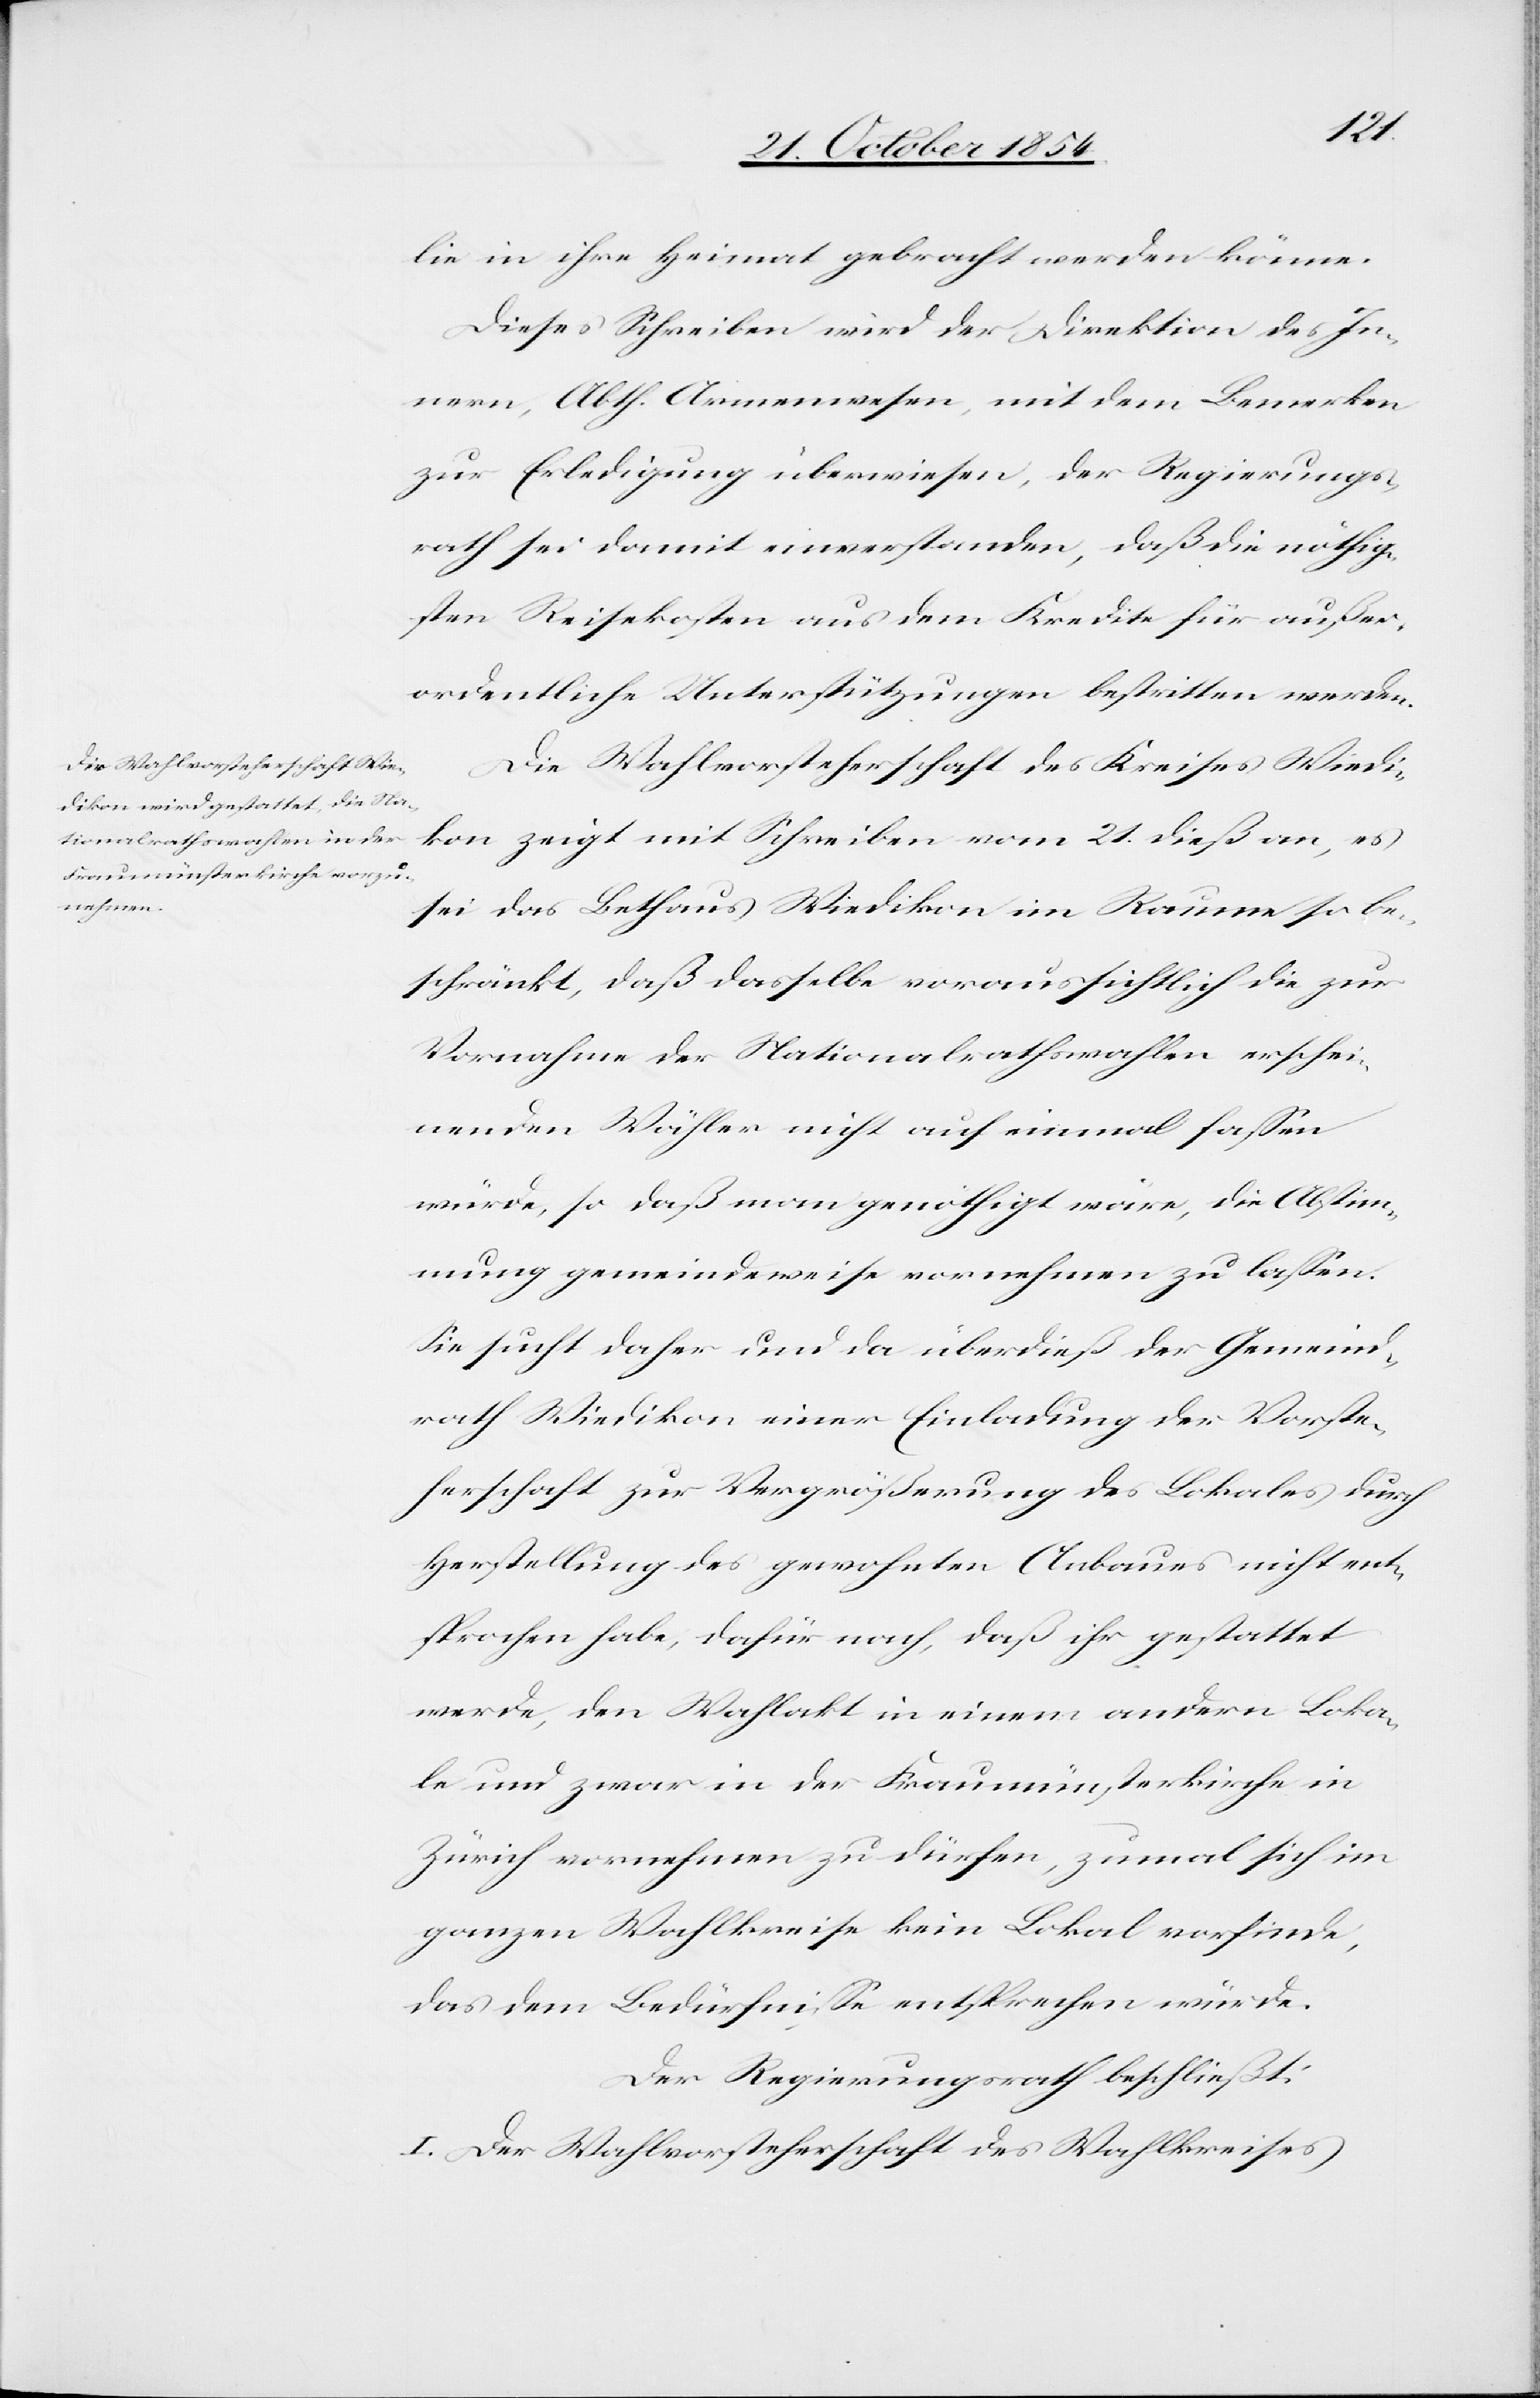
lie in ihre Heimat gebracht werden könne.
Dieses Schreiben wird der Direktion des In¬
nern, Abth. Armenwesen, mit dem Bemerken
zur Erledigung überwiesen, der Regierungs¬
rath sei damit einverstanden, daß die nöthig¬
sten Reisekosten aus dem Kredite für außer¬
ordentliche Unterstützungen bestritten werde.
Die Wahlvorsteherschaft des Kreises Wiedi¬
kon zeigt mit Schreiben vom 21. dieß an, es
sei das Bethaus Wiedikon im Raume so be¬
schränkt, daß dasselbe voraussichtlich die zur
Vornahme der Nationalrathswahlen erschei¬
nenden Wähler nicht auf einmal faßen
würde, so daß man genöthigt wäre, die Abstim¬
mung gemeindeweise vornehmen zu laßen.
sie sucht daher und da überdieß der Gemeind¬
rath Wiedikon einer Einladung der Vorste¬
herschaft zur Vergrößerung des Lokales durch
Herstellung des gewohnten Anbaues nicht ent¬
sprochen habe, dafür nach, daß ihr gestattet
werde, den Wahlakt in einem andern Loka¬
le und zwar in der Fraumünsterkirche in
Zürich vornehmen zu dürfen, zumal sich im
ganzen Wahlkreise kein Lokal vorfinde,
das dem Bedürfniße entsprechen würde.
Der Regierungsrath beschließt:
I. Der Wahlvorsteherschaft des Wahlkreises